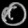
Digit: ၀